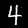
Digit: 4